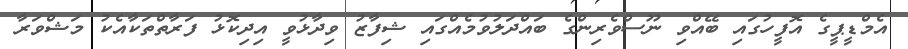
އެމްޑީޕީގެ އޮފީހުގައި ބޭއްވި ނޫސްވެރިންގެ ބައްދަލުވުމެއްގައި ޝިފާޒު ވިދާޅުވީ އިދިކޮޅު ފަރާތްތަކާއެކު މަޝްވަރާ